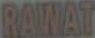
RAWAT